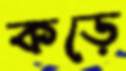
কড়ে